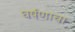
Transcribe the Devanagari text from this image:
घर्षणाचा